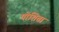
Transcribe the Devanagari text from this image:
पोशिता